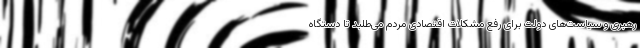
رهبری و سیاست‌های دولت برای رفع مشکلات اقتصادی مردم می‌طلبد تا دستگاه